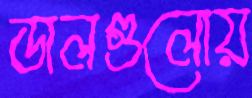
ডালগুলোয়